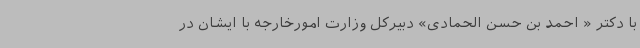
با دکتر « احمد بن حسن الحمادی» دبیرکل وزارت امورخارجه با ایشان در